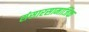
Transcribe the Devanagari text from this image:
संसारसामाजिक